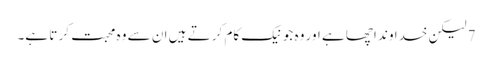
7 لیکن خدا وند اچھا ہے اور وہ جو نیک کام کر تے ہیں ان سے وہ محبت کر تا ہے۔